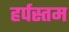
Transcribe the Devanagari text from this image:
हर्पस्तम